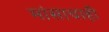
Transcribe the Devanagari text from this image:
मांसाचाही